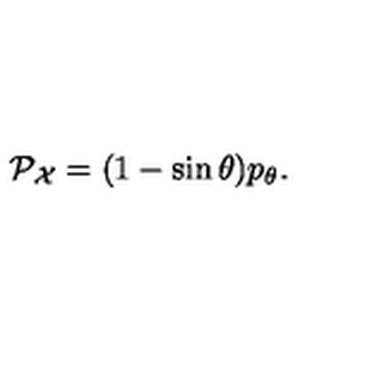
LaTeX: { \cal P } _ { \cal X } = ( 1 - \sin \theta ) p _ { \theta } .